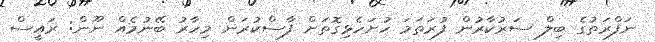
ނަފްރަތުގެ ބިލް ސަރުކާރުން ފުރަތަމަ ހުށަހެޅިގޮތަށް ފާސްކުރަން މިހާރު ބޭނުމެއް ނޫން: ރައީސް